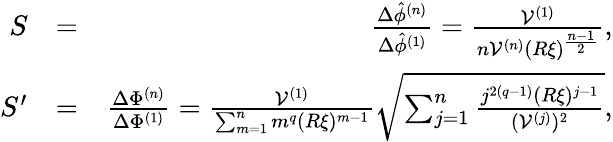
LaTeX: \begin{array}{rlr}{S}&{=}&{\frac{\Delta\hat{\phi}^{(n)}}{\Delta\hat{\phi}^{(1)}}=\frac{\mathcal{V}^{(1)}}{n\mathcal{V}^{(n)}(R\xi)^{\frac{n-1}{2}}},}\\ {S^{\prime}}&{=}&{\frac{\Delta\Phi^{(n)}}{\Delta\Phi^{(1)}}=\frac{\mathcal{V}^{(1)}}{\sum_{m=1}^{n}m^{q}(R\xi)^{m-1}}\sqrt{\sum_{j=1}^{n}\frac{j^{2(q-1)}(R\xi)^{j-1}}{(\mathcal{V}^{(j)})^{2}}},}\end{array}